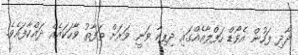
ދާދި ފަހުން އެވޯޑް ހަފްލާއެއްގައި ދިޕިކާ ވަނީ ވަރަށް ތަފާތު ވާހަކައެއް ދައްކާފައެވެ.